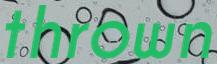
thrown